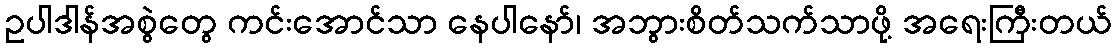
ဥပါဒါန်အစွဲတွေ ကင်းအောင်သာ နေပါနော်၊ အဘွားစိတ်သက်သာဖို့ အရေးကြီးတယ်